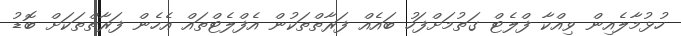
ހުޅުމާލެއިން ވިއްކާ ފްލެޓް ގަތުމަށްފަހު ބައެއް ފަރާތްތަކުން އެފްލެޓްތައް އެހެން ފަރާތްތަކަށް ބޮޑު